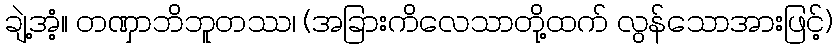
ချဲ့အံ့။ တဏှာဘိဘူတဿ၊ (အခြားကိလေသာတို့ထက် လွန်သောအားဖြင့်)